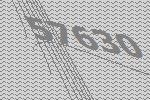
57630